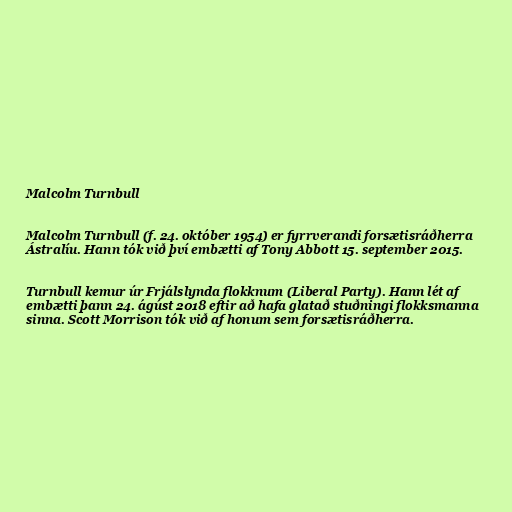
Malcolm Turnbull

Malcolm Turnbull (f. 24. október 1954) er fyrrverandi forsætisráðherra
Ástralíu. Hann tók við því embætti af Tony Abbott 15. september 2015.

Turnbull kemur úr Frjálslynda flokknum (Liberal Party). Hann lét af
embætti þann 24. ágúst 2018 eftir að hafa glatað stuðningi flokksmanna
sinna. Scott Morrison tók við af honum sem forsætisráðherra.